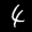
Label: 4